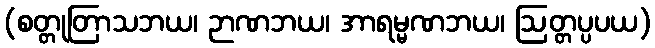
(စတ္တုတြာသဘယ၊ ဉာဏဘယ၊ အာရမ္မဏဘယ၊ ဩတ္တပ္ပပယ)